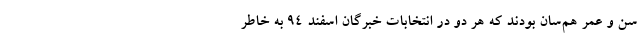
سن و عمر هم‌سان بودند که هر دو در انتخابات خبرگان اسفند 94 به خاطر